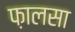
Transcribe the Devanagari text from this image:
फ़ालसा